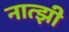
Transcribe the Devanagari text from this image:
नात्झी